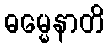
ဓမ္မေနာတိ